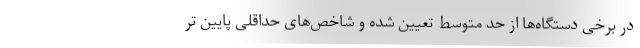
در برخی دستگاه‌ها از حد متوسط تعیین شده و شاخص‌های حداقلی پایین تر